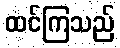
ထင်ကြသည်